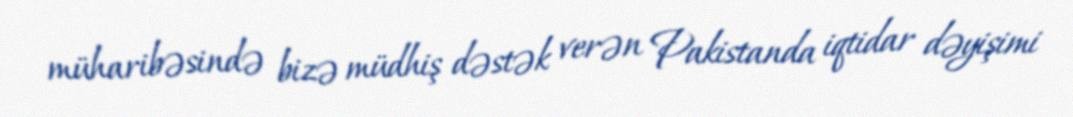
müharibəsində bizə müdhiş dəstək verən Pakistanda iqtidar dəyişimi